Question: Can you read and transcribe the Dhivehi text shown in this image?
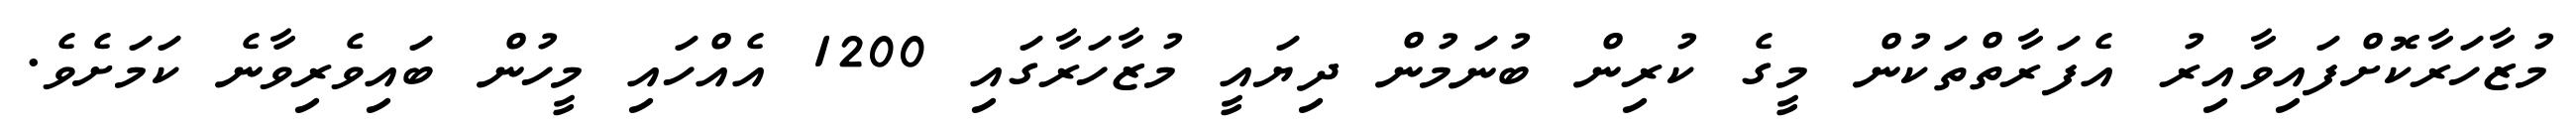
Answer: މުޒާހަރާކޮށްފައިވާއިރު އެފަރާތްތަކުން މީގެ ކުރިން ބުނަމުން ދިޔައީ މުޒާހަރާގައި 1200 އެއްހައި މީހުން ބައިވެރިވާނެ ކަމަށެވެ.